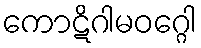
ကောဋိဂါမဝဂ္ဂေါ